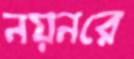
নয়নরে